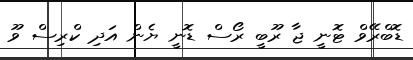
ޑޮބްރޭވް ޓޮނީ ޖާ ރޫބީ ރޯސް ޑޮނީ ޔެން އަދި ކްރިސް ވޫ